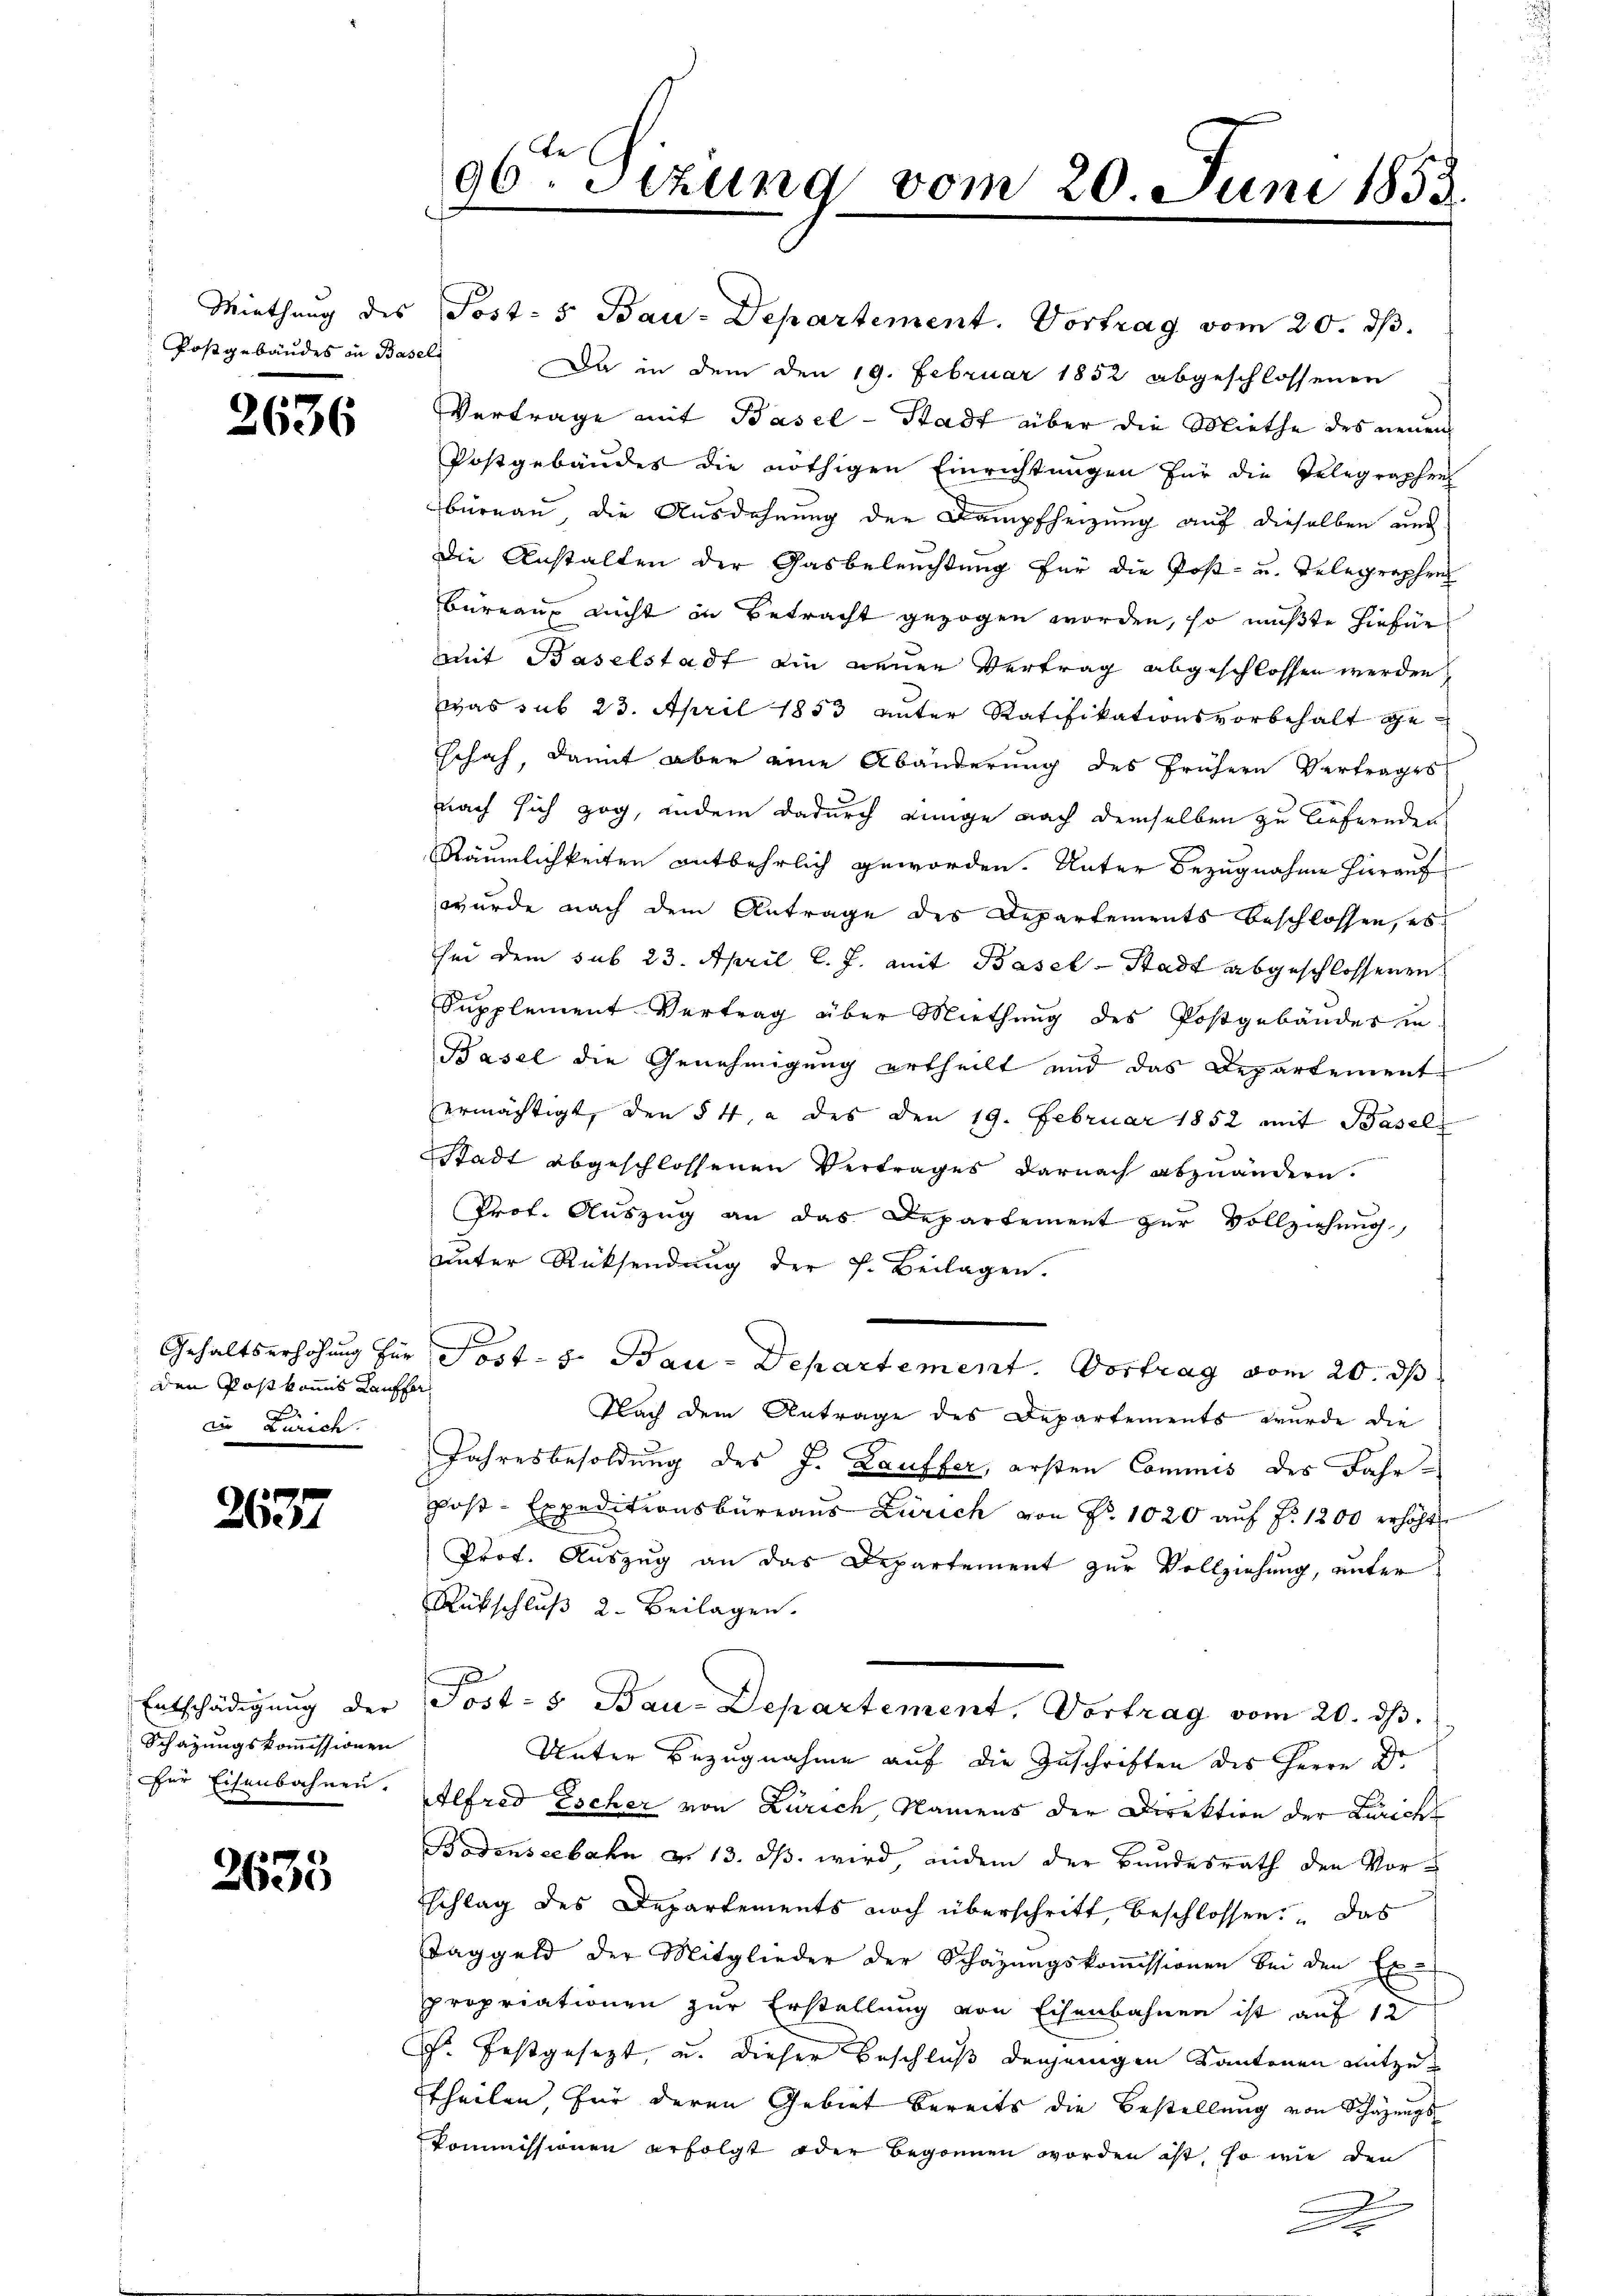
Postgebäudes in Basels

3636

den Post kommis Kauffor
in Zürich.

2637

Entschädigung der
Schazungskommissionen
für Eisenbahnen.

2633

be
96. Setzung vom 20. Juni 1853.

Miethung des Post- 5 Bau-Departement. Vortrag vom 20. ds.
Da in dem den 19. Februar 1852 abgeschlossenen
Vertrage mit Basel-Stadt über die Miethe des neuen
Postgebäudes die nöthigen Einrichtungen für die Telegraphen
burnau, die Ausdehnung der Dampfheizung auf dieselben und
Die Anstalten der Gasbeleuchtung für die Post- u. Telegraphen
Bureau, nicht in Betracht gezogen worden, so mußte hiefür
mit Baselstadt ein neuen Vertrag abgeschlossen werden,
was sub 23. April 1853 unter Ratifikationsvorbehalt ge
schah, damit aber eine Abänderung des frühern Vertrages
nach sich zog, andere dadurch einge nach demselben zu befernden
Räumlichkeiten entbehrlich geworden. Unter Bezugnahme hierauf
wurde nach dem Antrage des Departements beschlossen, es
sei dem sub 23. April l. J. mit Basel-Stadt abgeschlossenen
Supplement Vertrag über Miethung des Postgebäudes in
Basel die Genehmigung ertheilt und das Departement
ermächtigt, den § 4, a des den 19. Februar 1852 mit Basels
Stadt abgeschlossenen Vertrages darnach abzuändern.
Prof. Auszug an das Departement zur Vollziehung,
unter Rücksendung der h. Beilagen.
Gehaltserhöhung für Post- u. Bau-Departement. Vortrag vom 20. ds
Nach dem Antrage des Departements wurde die
Jahresbesoldung des J. Lauffer, ersten Commis des Fahr¬
Post-Expeditionsbüreaus Zürich von Fr. 1020 auf §. 1200 erhöht
Prof. Auszug an das Departement zur Vollziehung, unter
Rückschluß 2. Beilagen.
Post- & Bau-Departement, Vortrag vom 20. ds.
Unter Bezugnahme auf die Zuschriften des Herrn Dr.
Alfred Escher von Zürich, Namens der Direktion der Zürich
Bodenseebahn a. 13. ds. wird, indem der Bundesrath den Vorschlag des Departements noch überschritt, beschlossen. Das
Taggeld der Mitglieder der Schazungskommissionen bei den Ex-
propriationen zur Erstellung von Eisenbahnen ist auf 12
. festgesezt, u. dieser Beschluß denjenigen Kantonen mitzu¬
Theilen, für deren Gebiet bereits die Bestellung von Schazungs
Kommissionen erfolgt oder begonnen worden ist, so wie den
u
A